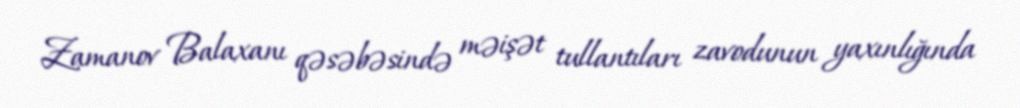
Zamanov Balaxanı qəsəbəsində məişət tullantıları zavodunun yaxınlığında